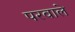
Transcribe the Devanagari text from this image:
परवाले